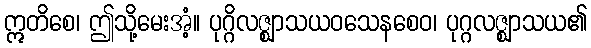
ဣတိစေ၊ ဤသို့မေးအံ့။ ပုဂ္ဂိလဇ္ဈာသယဝသေနစေဝ၊ ပုဂ္ဂလဇ္ဈာသယ၏